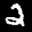
Label: 2